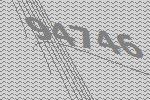
94746